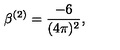
\beta ^ { ( 2 ) } = \frac { - 6 } { ( 4 \pi ) ^ { 2 } } ,